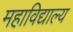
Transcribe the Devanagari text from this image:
महाविद्याल्य